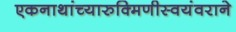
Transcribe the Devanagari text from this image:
एकनाथांच्यारुक्मिणीस्वयंवराने